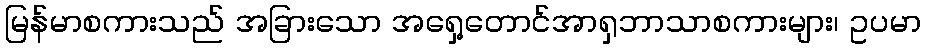
မြန်မာစကားသည် အခြားသော အရှေ့တောင်အာရှဘာသာစကားများ၊ ဥပမာ